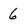
Character: 6